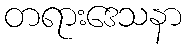
တရားဒေသနာ